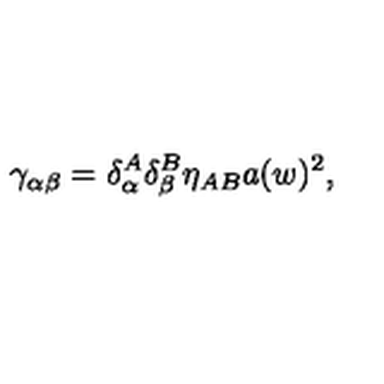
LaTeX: \gamma _ { \alpha \beta } = \delta _ { \alpha } ^ { A } \delta _ { \beta } ^ { B } \eta _ { A B } a ( w ) ^ { 2 } ,